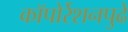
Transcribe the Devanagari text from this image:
कॉपोर्रेशनपुढे